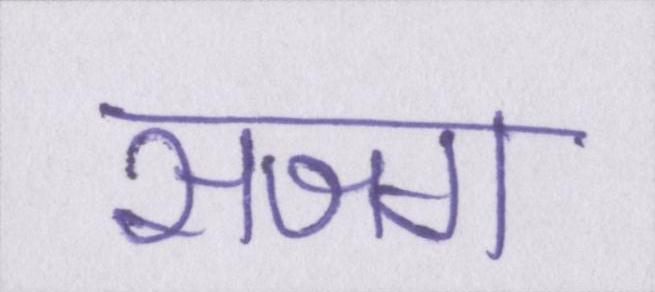
सजग